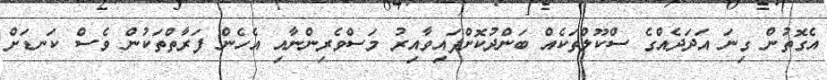
އެގޮތުން ގިނަ އަދަދެއްގެ ސްކޫލްތަކެއް ބަންދުކޮށްފައިވާއިރު މަސްވެރިންނާއި އެހެން ފަރާތްތަކުން ވެސް ކަނޑަށް